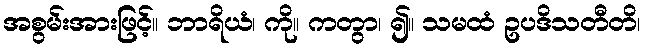
အစွမ်းအားဖြင့်။ ဘာရိယံ၊ ကို။ ကတွာ၊ ၍။ သမထံ ဥပဒိသတီတိ၊